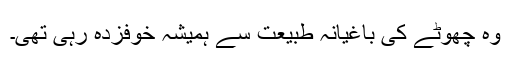
وہ چھوٹے کی باغیانہ طبیعت سے ہمیشہ خوفزدہ رہی تھی۔